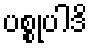
ပစ္စုပါဒိ